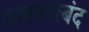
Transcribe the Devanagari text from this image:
तलवारबंद